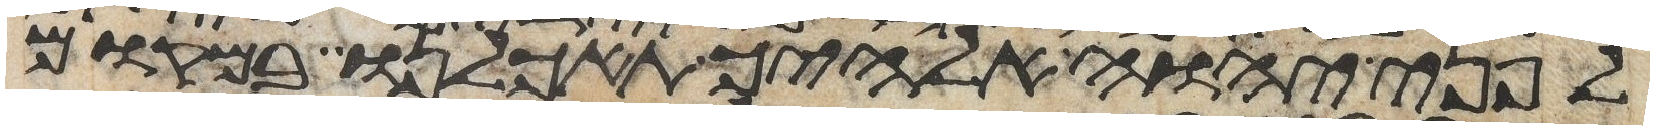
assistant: לפני יהוה אלהיך תאכלנו במקום